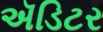
ઍડિટર